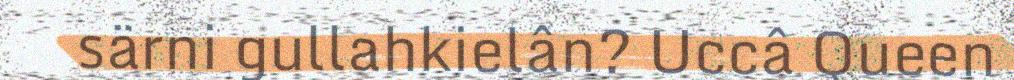
särni gullahkielân? Uccâ Queen